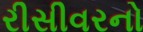
રીસીવરનો